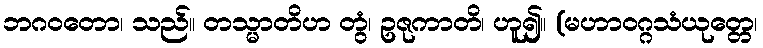
ဘဂဝတော၊ သည်။ တသ္မာတိဟ တွံ၊ ဥဇုကာတိ၊ ဟူ၍။ (မဟာဝဂ္ဂသံယုတ္တေ၊